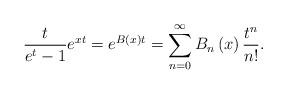
LaTeX: \begin{align*}\frac{t}{e^{t}-1}e^{xt}=e^{B\left(x\right)t}=\sum_{n=0}^{\infty}B_{n}\left(x\right)\frac{t^{n}}{n!}.\end{align*}